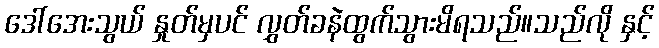
ဒေါ်အေးသွယ် နှုတ်မှပင် လွှတ်ခနဲထွက်သွားမိရသည်။သည်လို နှင့်